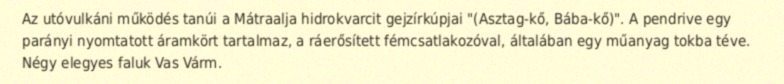
Az utóvulkáni működés tanúi a Mátraalja hidrokvarcit gejzírkúpjai "(Asztag-kő, Bába-kő)". A pendrive egy parányi nyomtatott áramkört tartalmaz, a ráerősített fémcsatlakozóval, általában egy műanyag tokba téve. Négy elegyes faluk Vas Várm.